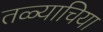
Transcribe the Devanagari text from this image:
तळ्याचिया